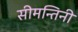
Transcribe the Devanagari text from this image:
सीमन्तिनी